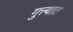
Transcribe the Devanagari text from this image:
गुत्त्यात